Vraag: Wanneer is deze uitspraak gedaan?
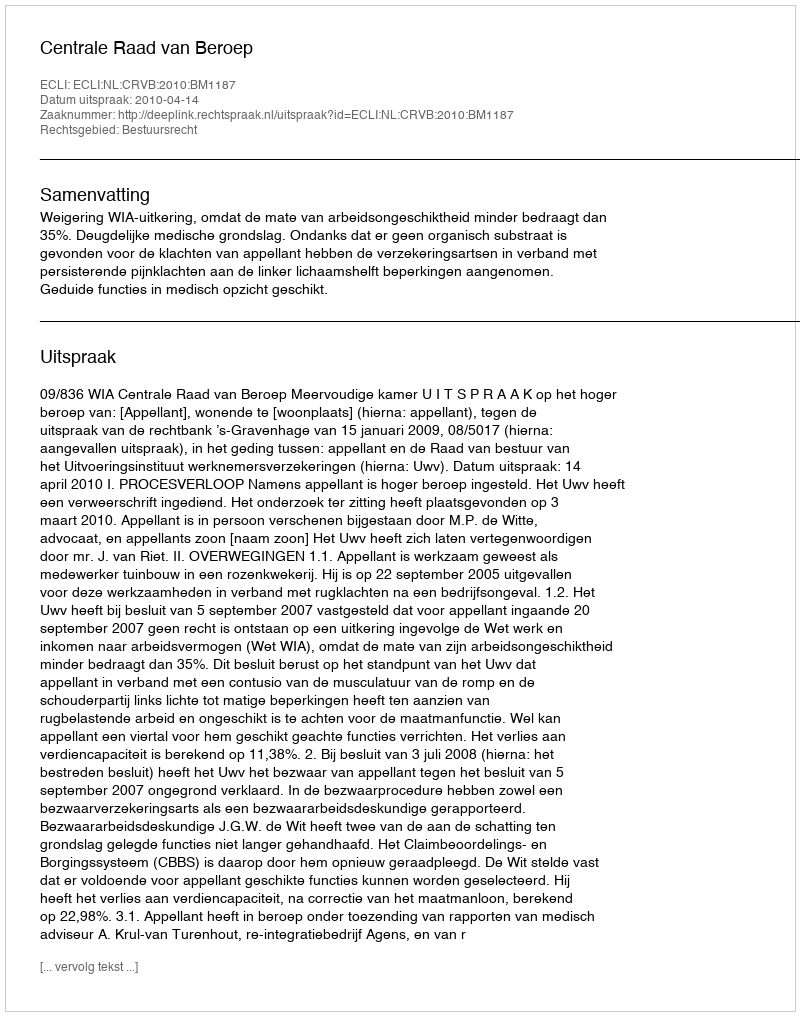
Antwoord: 2010-04-14